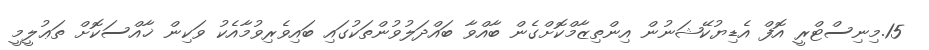
15.މިނިސްޓްރީ އޮފް އެޑިޔުކޭޝަނުން އިންތިޒާމްކޮށްގެން ބާއްވާ ބައްދަލުވުންތަކުގައި ބައިވެރިވުމާއެކު ވަކިން ޚާއްސަކޮށް ތަޢުލީމީ